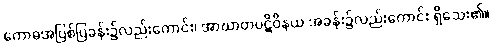
ကောဓအပြစ်ပြခန်း၌လည်းကောင်း၊ အာဃာတပဋိဝိနယ အခန်း၌လည်းကောင်း ရှိသေး၏။